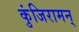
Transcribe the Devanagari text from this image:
कुंजिरामन्